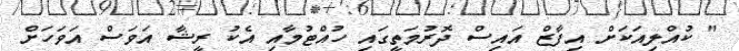
" ކުއްލިއަކަށް އިފާޒް އައިސް ދޮރުމަތީގައި ހުއްޓުމާއި އެކު ރީޝާ އަވަސް އަވަހަށް